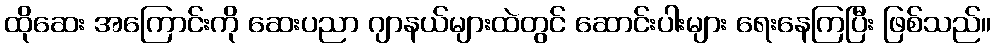
ထိုဆေး အကြောင်းကို ဆေးပညာ ဂျာနယ်များထဲတွင် ဆောင်းပါးများ ရေးနေကြပြီး ဖြစ်သည်။